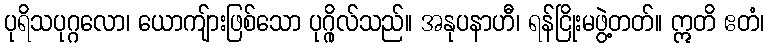
ပုရိသပုဂ္ဂလော၊ ယောကျ်ားဖြစ်သော ပုဂ္ဂိုလ်သည်။ အနုပနာဟီ၊ ရန်ငြိုးမဖွဲ့တတ်။ ဣတိ ဧတံ၊